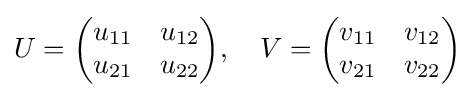
U={\begin{pmatrix}u_{11}&u_{12}\\u_{21}&u_{22}\\\end{pmatrix}},\quad V={\begin{pmatrix}v_{11}&v_{12}\\v_{21}&v_{22}\\\end{pmatrix}}